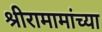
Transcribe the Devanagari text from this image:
श्रीरामामांच्या